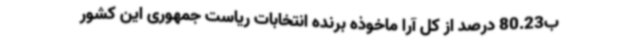
ب80.23 درصد از کل آرا ماخوذه برنده انتخابات ریاست جمهوری این کشور